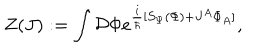
LaTeX: Z ( J ) : = \int { \cal { D } } \Phi e ^ { \frac { i } { \hbar } [ S _ { \Psi } ( \Phi ) + J ^ { A } \Phi _ { A } ] } ,